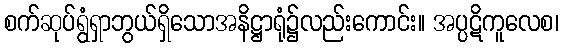
စက်ဆုပ်ရွံရှာဘွယ်ရှိသောအနိဋ္ဌာရုံ၌လည်းကောင်း။ အပ္ပဋိကူလေစ၊